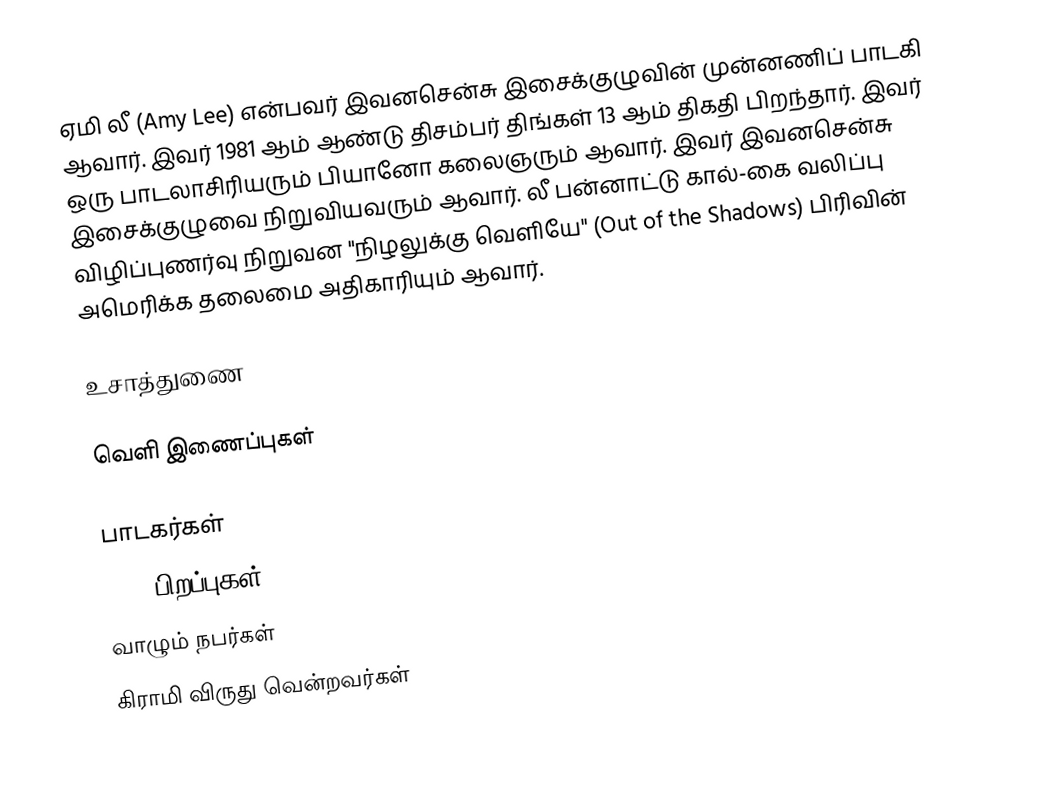
ஏமி லீ (Amy Lee) என்பவர் இவனசென்சு இசைக்குழுவின் முன்னணிப் பாடகி ஆவார். இவர் 1981 ஆம் ஆண்டு திசம்பர் திங்கள் 13 ஆம் திகதி பிறந்தார். இவர் ஒரு பாடலாசிரியரும் பியானோ கலைஞரும் ஆவார். இவர் இவனசென்சு இசைக்குழுவை நிறுவியவரும் ஆவார். லீ பன்னாட்டு கால்-கை வலிப்பு விழிப்புணர்வு நிறுவன "நிழலுக்கு வெளியே" (Out of the Shadows) பிரிவின் அமெரிக்க  தலைமை அதிகாரியும் ஆவார்.

உசாத்துணை

வெளி இணைப்புகள்

பாடகர்கள்
1981 பிறப்புகள்
வாழும் நபர்கள்
கிராமி விருது வென்றவர்கள்